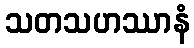
သတသဟဿာနံ